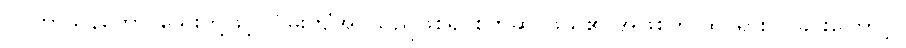
ဝပ္ပကာသနတော၊ သွေးတို့ဖြင့် လိမ်းကျံအပ်သည်ဖြစ်၍ စက်ဆုပ်ဖွယ်၏ အဖြစ်ကို ထင်ရှား ပြခြင်းကြောင့်။